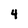
Character: 4